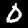
Digit: 0